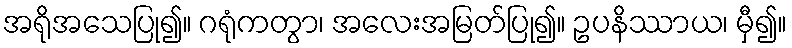
အရိုအသေပြု၍။ ဂရုံကတွာ၊ အလေးအမြတ်ပြု၍။ ဥပနိဿာယ၊ မှီ၍။